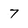
Character: 7